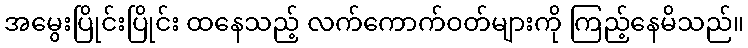
အမွေးပြိုင်းပြိုင်း ထနေသည့် လက်ကောက်ဝတ်များကို ကြည့်နေမိသည်။